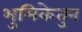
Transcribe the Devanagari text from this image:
भुमिकेतुन